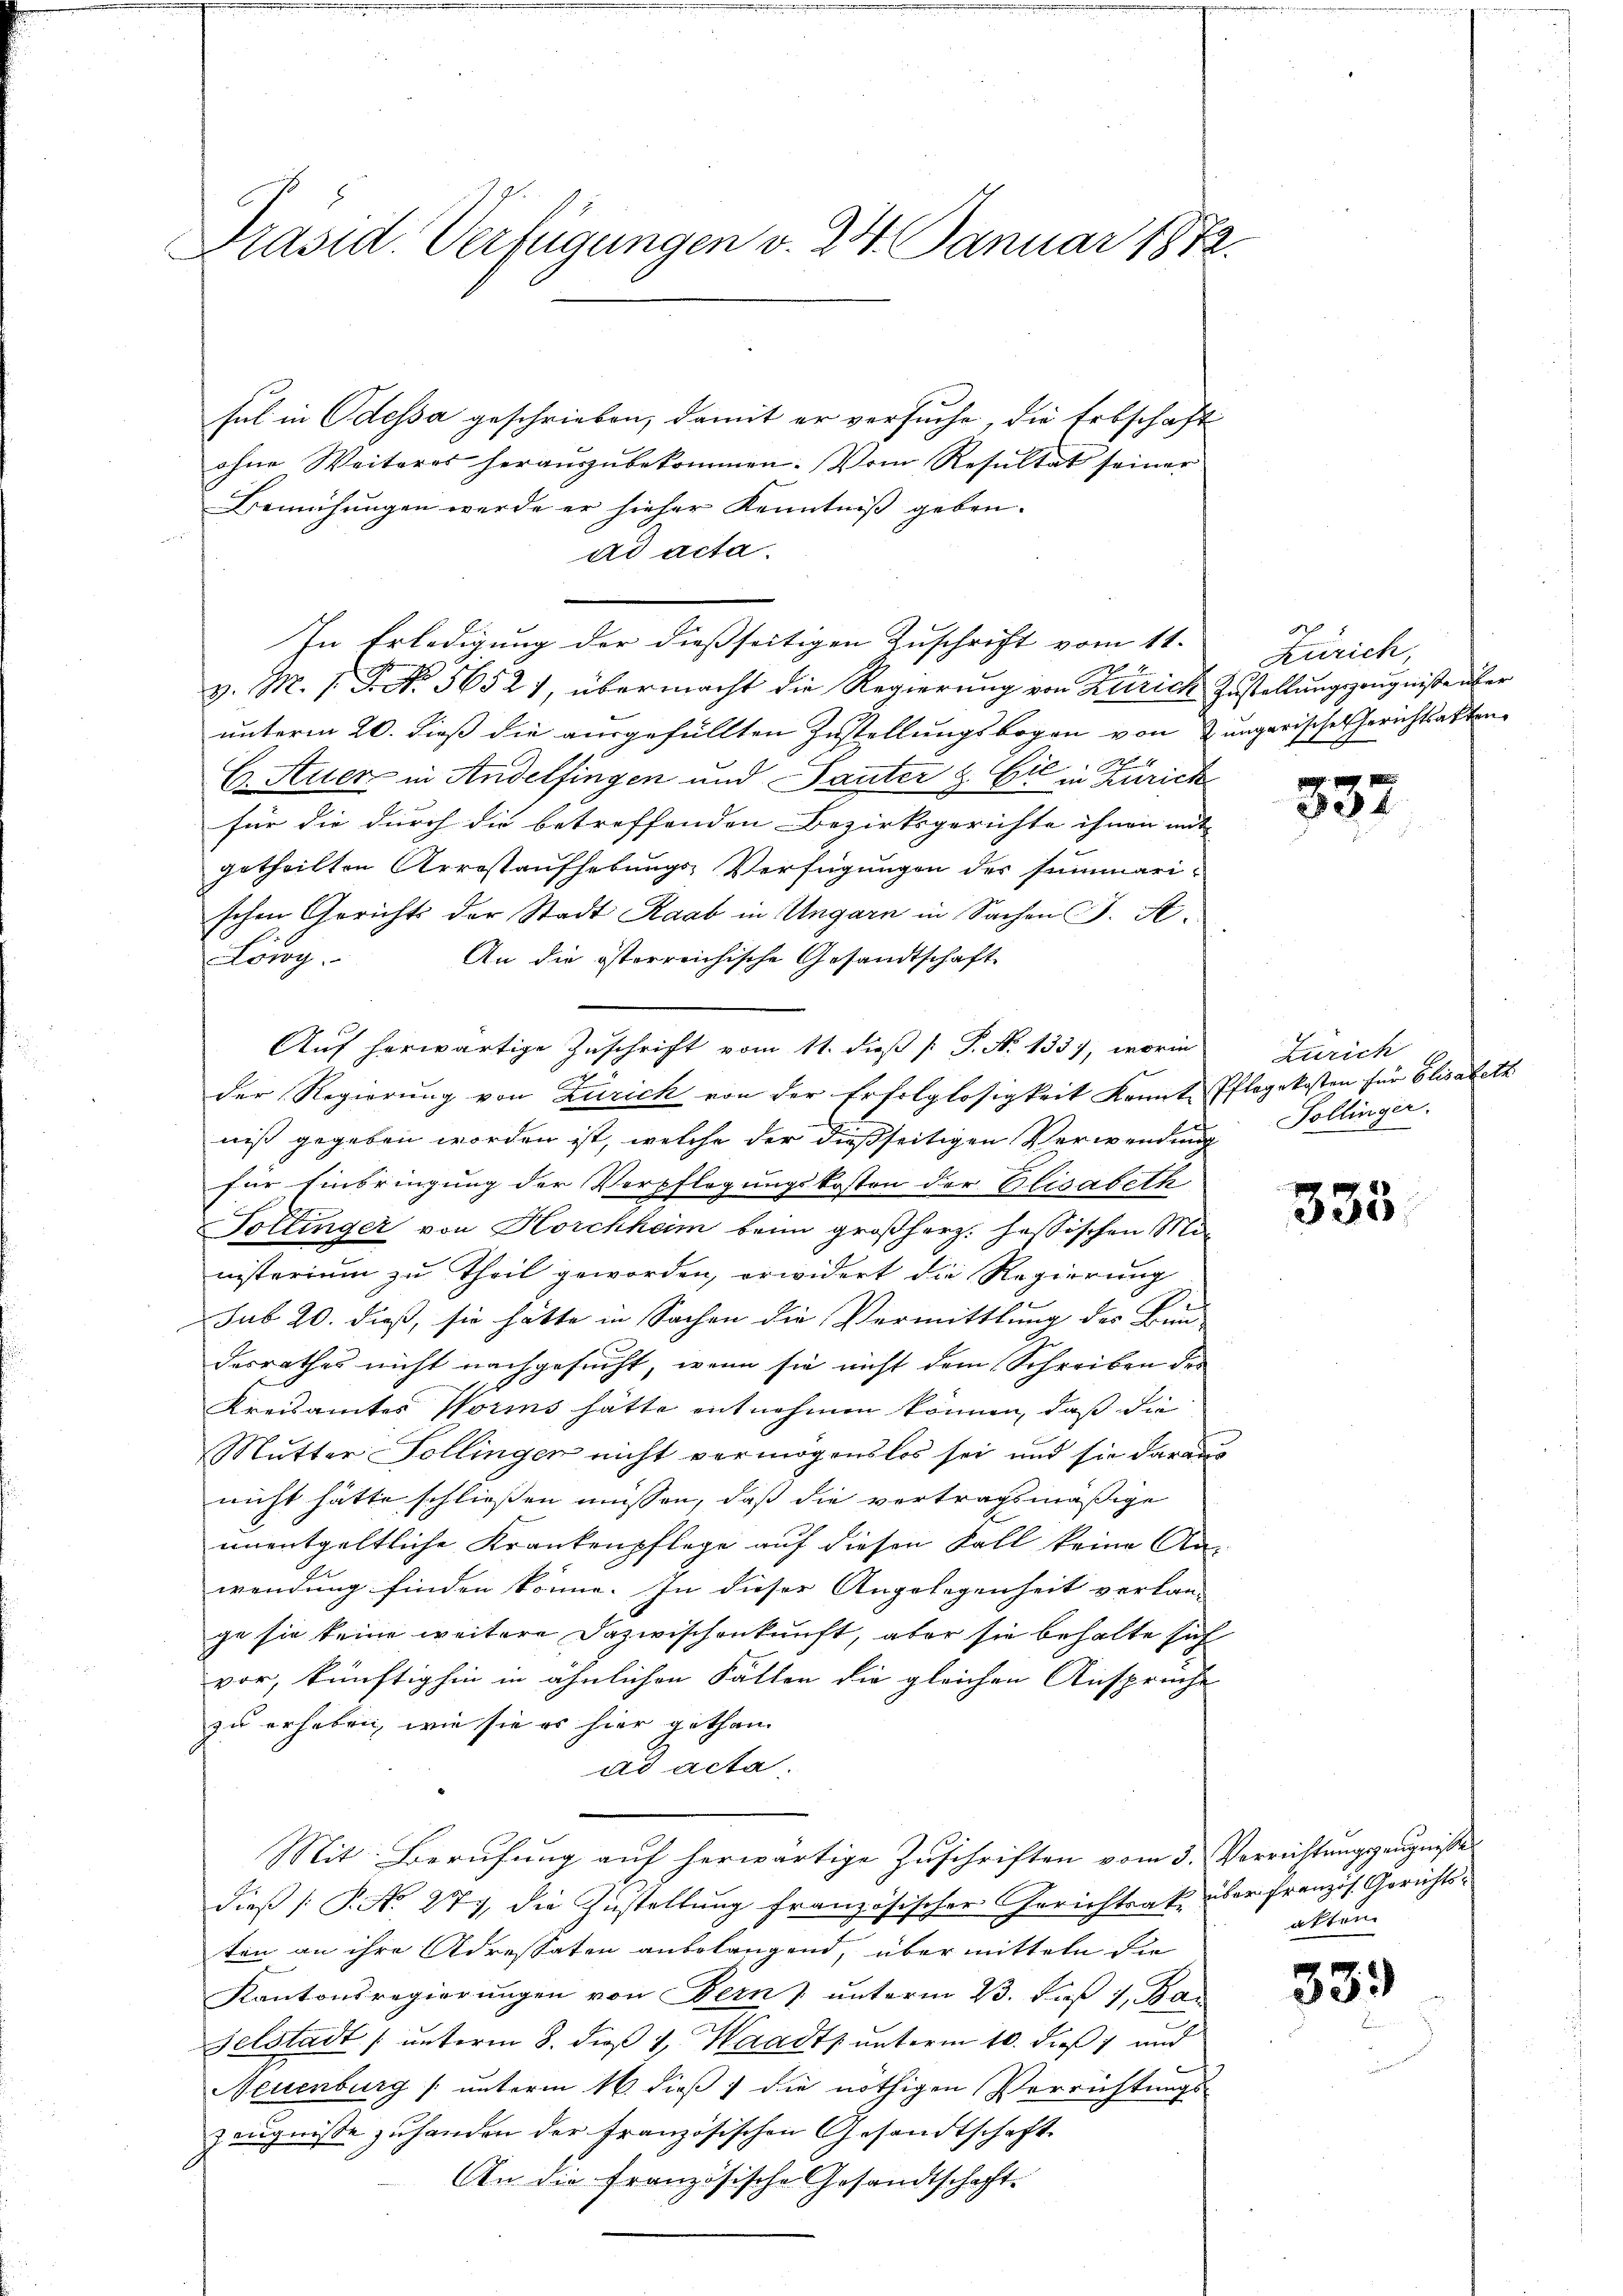
Präsid. Verfügungen v. 24. Januar 1872.

sul in Odessa geschrieben, damit er versuche, die Erbschaft
ohne Weiteres heraŭszŭbekommen. Vom Resŭltat seiner
Bemühungen werde er hieher Kenntniß geben.
ad acta.
In Erledigung der dießseitigen Zuschrift vom 11.
7
B
v. M. 1. No. 56521, übermacht die Regierung von Zürich Zustellungszeugniße über
unterm 20. dieß die ausgefüllten Zustellungsbogen von Zunger
C Auer, in Andelfingen und Pauter & Cie in Zürich
für die durch die betreffenden Bezirksgerichte ihnen mit |
getheilten Arrestaufhebungs-Verfügungen des summari-
schen Gerichts der Stadt Raab in Ungarn in Sachen J. A.
An die österreichische Gesandtschaft
Löwy
Auf herwärtige Zuschrift vom 11. dieß [ P. N. 133), worin
der Regierung von Zürich von der Erfolglosigkeit kannte Pflegekosten für Elisabeth
niß gegeben worden ist, welche der dießseitigen Verwendung Pollinger
für Einbringung der Verpflegungskosten der Elisabeth
Voltinger von Korchheim beim großherz: hessischen Ministerium zu Theil geworden, erwidert die Regierung
sub 20. dieß, sie hätte in Sachen die Vermittlung des Bun-
desrathes nicht nachgesucht, wenn sie nicht dem Schreiben der
Kreisamtes Worins hätte entnehmen können, daß die
Mutter Follingen nicht vermögenslos sei und sie daraus
nicht hätte schliessen müssen, daß die vortragsmäßige
unentgeltliche Krankenpflege auf diesen Fall keine Anwendung finden könne. In dieser Angelegenheit verlan-
ge sie keine weitere Dazwischenkunft, aber sie behalte sich
vor, künftighin in ähnlichen Faller die gleichen Ansprüche
zu erheben, wie sie er hier gethan
ad acta.
Mit Berufung auf herwärtige Zuschriften vom 3. Verrichtungszeugnisse
dieß P. No 277, die Zustellung französischer Gerichtsak über französ. Gerichtsten an ihre Adressaten anbelangend, übermitteln die
Kantonsregierungen von Bern & unterm 23. Fuß 1, Bar
Gelstadt (unterm 8. dieß 4. Waadt unterm 10. dieß 1 und
Neuenburg (unterm 16. dieß die nöthigen Verrichtungs-
Zeugnisse zuhanden der Französischen Gesandtschaft
An die französische Gesandtschaft

a
Zürich,
iche Gerichtsakten
9

332

Zürich

333.

aften

339